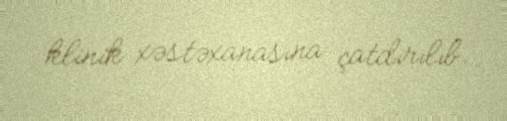
klinik xəstəxanasına çatdırılıb.